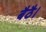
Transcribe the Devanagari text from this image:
बैठै।